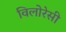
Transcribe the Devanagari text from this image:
विलोरेसी